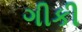
ગીકી